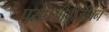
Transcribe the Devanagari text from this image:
परोपजीवीजीवन